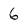
Character: 6